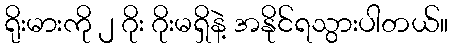
ရိုးမားကို ၂ ဂိုး ဂိုးမရှိနဲ့ အနိုင်ရသွားပါတယ်။